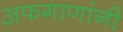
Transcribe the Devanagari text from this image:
अफगाणांनी